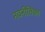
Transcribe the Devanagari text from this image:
नवनीतिका